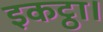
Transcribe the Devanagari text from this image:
इकट्ठा।